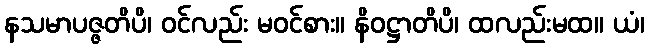
နသမာပဇ္ဇတိပိ၊ ဝင်လည်း မဝင်စား။ နိဝဋ္ဌာတိပိ၊ ထလည်းမထ။ ယံ၊